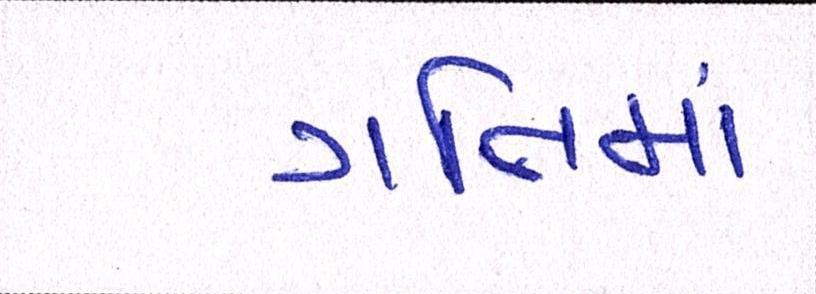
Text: ગતિમાં